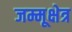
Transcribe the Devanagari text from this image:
जम्मूक्षेत्र